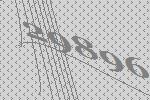
29896